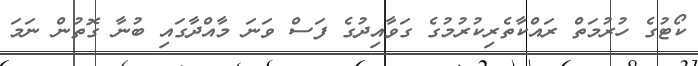
ކޯޓުގެ ހުރުމަތް ރައްކާތެރިކުރުމުގެ ގަވާއިދުގެ ފަސް ވަނަ މާއްދާގައި ބުނާ ގޮތުން ނަމަ